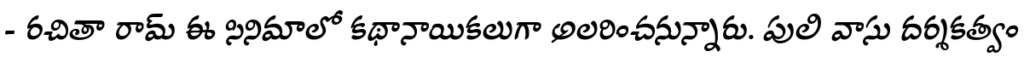
- రచితా రామ్ ఈ సినిమాలో కథానాయికలుగా అలరించనున్నారు. పులి వాసు దర్శకత్వం